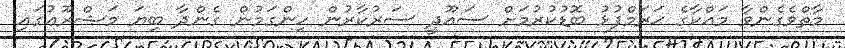
މާތްވެގެންވާ މައްކާގެ ޙަރަމްފުޅު ބޮޑުކުރުމަށް ސައޫދީ ސަރުކާރުން ހިންގަމުން ގެންދާ ބިޔަ މަޝްރޫޢުގައި